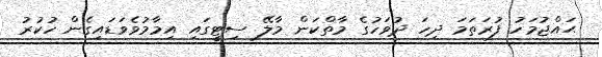
ޙައްޖުމަހު ފުރަތަމަ ދިހަ ދުވަހުގެ މާތްކަން މާލޭ ސިޓީގައި އިމާމުވެވަޑައިގެން ހުކުރު